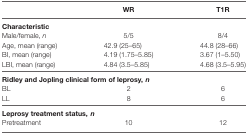
<table><thead><tr><td></td><td><b>WR</b></td><td><b>T1R</b></td></tr></thead><tbody><tr><td colspan="3"><b>Characteristic</b></td></tr><tr><td>Male/female, <i>n</i></td><td>5/5</td><td>8/4</td></tr><tr><td>Age, mean (range)</td><td>42.9 (25–65)</td><td>44.8 (28–66)</td></tr><tr><td>BI, mean (range)</td><td>4.19 (1.75–5.85)</td><td>3.67 (1–5.50)</td></tr><tr><td>LBI, mean (range)</td><td>4.84 (3.5–5.85)</td><td>4.68 (3.5–5.95)</td></tr><tr><td colspan="3"><b>Ridley and Jopling clinical form of leprosy, <b><i>n</i></b></b></td></tr><tr><td>BL</td><td>2</td><td>6</td></tr><tr><td>LL</td><td>8</td><td>6</td></tr><tr><td colspan="3"><b>Leprosy treatment status, <b><i>n</i></b></b></td></tr><tr><td>Pretreatment</td><td>10</td><td>12</td></tr></tbody></table>